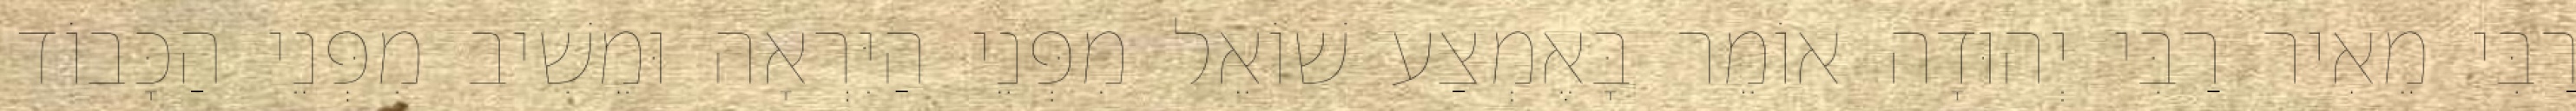
רַבִּי מֵאִיר רַבִּי יְהוּדָה אוֹמֵר בָּאֶמְצַע שׁוֹאֵל מִפְּנֵי הַיִּרְאָה וּמֵשִׁיב מִפְּנֵי הַכָּבוֹד